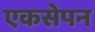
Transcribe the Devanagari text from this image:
एकसेपन